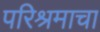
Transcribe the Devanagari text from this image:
परिश्रमाचा